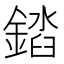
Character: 𨪫